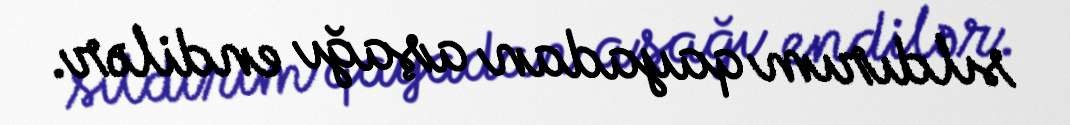
sıldırım qayadan aşağı endilər.